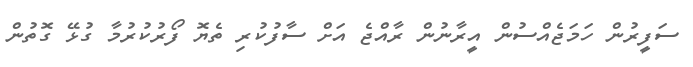
ސަފީރުން ހަމަޖެއްސުން އީރާނުން ރާއްޖެ އަށް ސާފުކުރި ތެޔޮ ފޯރުކުރުމާ ގުޅޭ ގޮތުން